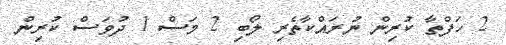
2 ހަފްތާ ކުރިން ނުރަައްްކާތެރި ލޯބި 2 މަސް 1 ދުވަސް ކުރިން